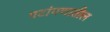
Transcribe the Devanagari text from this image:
पटांगणातील